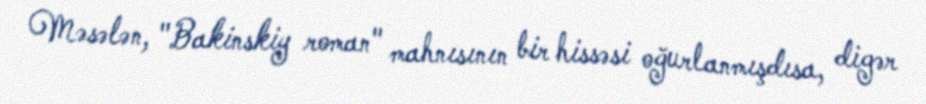
Məsələn, "Bakinskiy roman" mahnısının bir hissəsi oğurlanmışdısa, digər